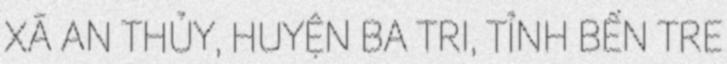
XÃ AN THỦY, HUYỆN BA TRI, TỈNH BẾN TRE